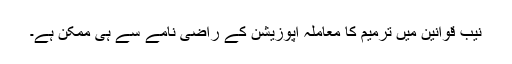
نیب قوانین میں ترمیم کا معاملہ اپوزیشن کے راضی نامے سے ہی ممکن ہے۔